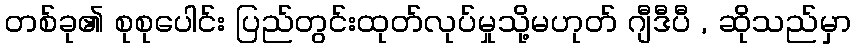
တစ်ခု၏ စုစုပေါင်း ပြည်တွင်းထုတ်လုပ်မှုသို့မဟုတ် ဂျီဒီပီ , ဆိုသည်မှာ